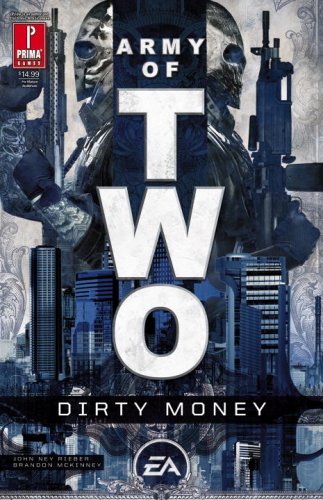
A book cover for Army of Two: Dirty Money; John Ney Rieber; Humor & Entertainment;